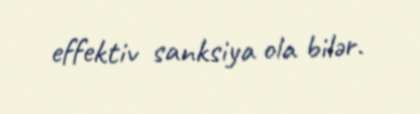
effektiv sanksiya ola bilər.